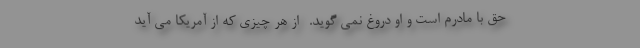
حق با مادرم است و او دروغ نمی گوید. -از هر چیزی که از آمریکا می آید